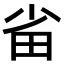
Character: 𭻂